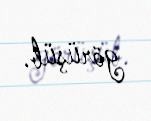
görüşüb.